Civil Veterinary Department Bengal reports 1923-33 - 1923-1933
Year: 1923
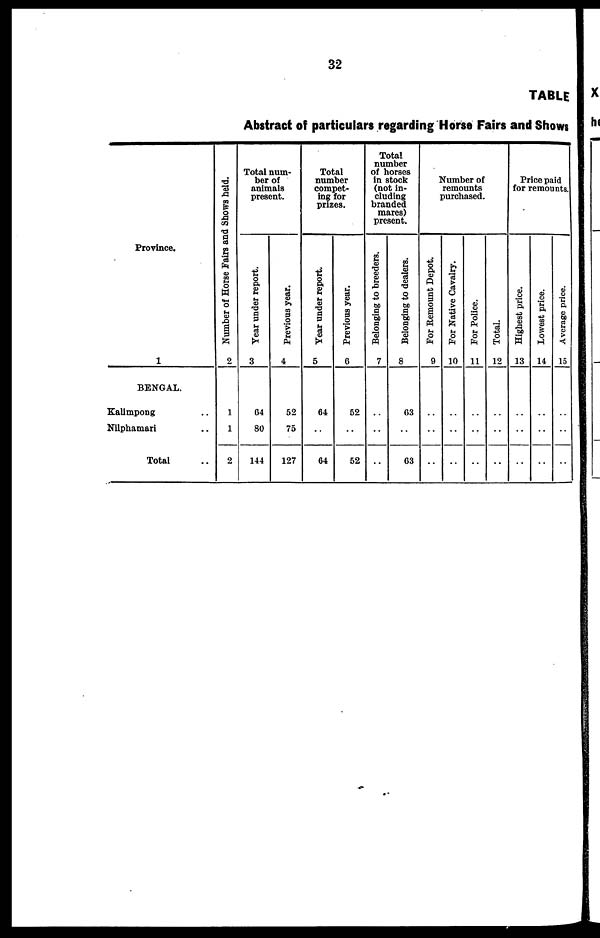
32
TABLE
Abstract off particulars regarding Horse Fairs and Shows
Province.
1
BENGAL.
Kalimpong ..
Nilphamari ..
Total ..
Number of Horse Fairs and Shows held.
2
1
1
2
Total num-
ber of
animals
present.
Year under report.
3
64
80
144
Previous year.
4
52
75
127
Total
number
compet-
ing for
prizes.
Year under report.
5
64
..
64
Previous year.
6
52
..
52
Total
number
of horses
in stock
(not in-
cluding
branded
mares)
present.
Belonging to breeders.
7
..
..
..
Belonging to dealers.
8
63
..
63
Number of
remounts
purchased.
For Remount Depot.
9
..
..
..
For Native Cavalry.
10
..
..
..
For Police.
11
..
..
..
Total.
12
..
..
..
Price paid
for remounts.
Highest price.
13
..
..
..
Lowest price.
14
..
..
..
Average price.
15
..
..
..